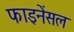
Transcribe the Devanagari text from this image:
फाइनेंसल